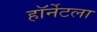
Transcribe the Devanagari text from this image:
हॉर्नेटला